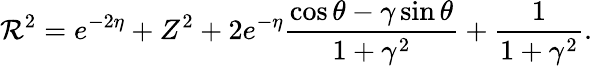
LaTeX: \mathcal R^{2}=e^{-2\eta}+Z^{2}+2e^{-\eta}\frac{\cos\theta-\gamma\sin\theta}{1+\gamma^{2}}+\frac{1}{1+\gamma^{2}}.